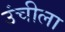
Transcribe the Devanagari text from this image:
उंचीला